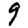
Digit: 9